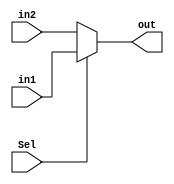
`timescale 1ns / 1ps

module Mux_2x1 #(parameter N = 18)
(
    input [N-1:0]in1,in2,
    input Sel,
    output [N-1:0]out
);

assign out = Sel?in1:in2;

endmodule